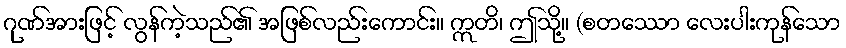
ဂုဏ်အားဖြင့် လွန်ကဲ့သည်၏ အဖြစ်လည်းကောင်း။ ဣတိ၊ ဤသို့။ (စတဿော လေးပါးကုန်သော